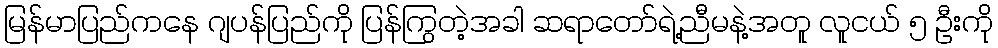
မြန်မာပြည်ကနေ ဂျပန်ပြည်ကို ပြန်ကြွတဲ့အခါ ဆရာတော်ရဲ့ညီမနဲ့အတူ လူငယ် ၅ ဦးကို